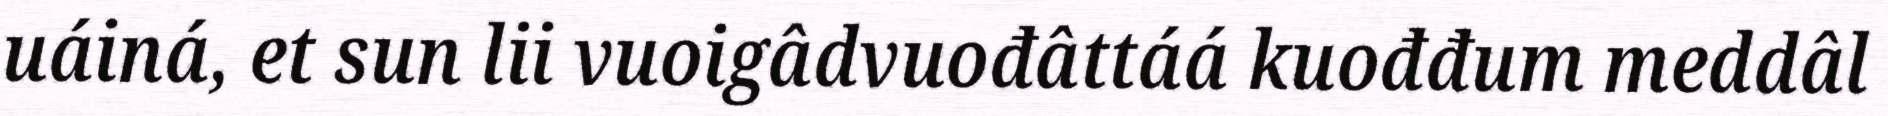
uáiná, et sun lii vuoigâdvuođâttáá kuođđum meddâl